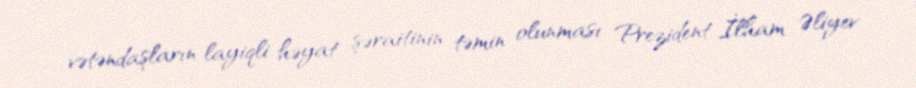
vətəndaşların layiqli həyat şəraitinin təmin olunması Prezident İlham Əliyev